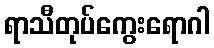
ရာသီတုပ်ကွေးရောဂါ